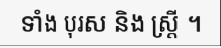
ទាំង បុរស និង ស្ត្រី ។